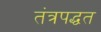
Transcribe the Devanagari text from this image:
तंत्रपद्धत